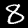
Digit: 8